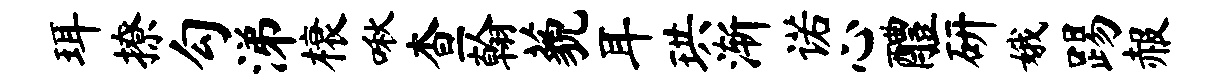
珥撩勾涕榱啾查翰藐耳珙渐诺心醴研娥踢赧